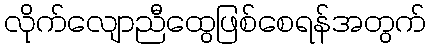
လိုက်လျောညီထွေဖြစ်စေရန်အတွက်